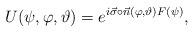
LaTeX: \begin{align*}U(\psi,\varphi,\vartheta)=e^{i\vec{\sigma }\circ\vec{n}(\varphi,\vartheta)F(\psi)}, \end{align*}